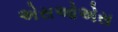
એસઓએસ